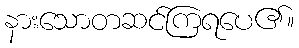
နားသောတဆင်ကြရပေ၏။